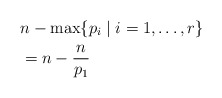
\begin{align*} &n - \max\{ p_i \mid i=1, \dots, r\} \\ &= n - \frac{n}{p_1} \end{align*}